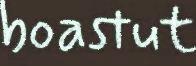
boastut